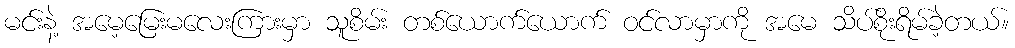
မင်းနဲ့ အမေ့မြေးမလေးကြားမှာ သူစိမ်း တစ်ယောက်ယောက် ဝင်လာမှာကို အမေ သိပ်စိုးရိမ်ခဲ့တယ်။